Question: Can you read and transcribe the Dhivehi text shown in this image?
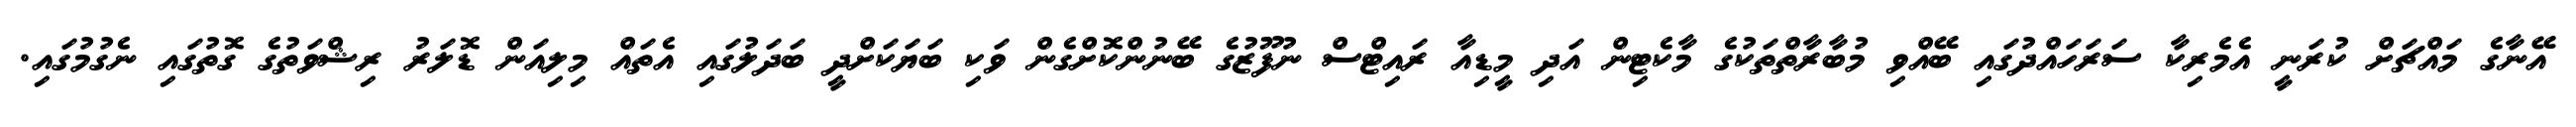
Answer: އޭނާގެ މައްޗަށް ކުރަނީ އެމެރިކާ ސަރަހައްދުގައި ބޭއްވި މުބާރާތްތަކުގެ މާކެޓިން އަދި މީޑިއާ ރައިޓްސް ނުފޫޒުގެ ބޭނުންކޮށްގެން ވަކި ބަޔަކަށްދީ ބަދަލުގައި އެތައް މިލިއަން ޑޮލަރު ރިޝްވަތުގެ ގޮތުގައި ނެގުމުގައި.